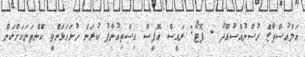
އަލްއުސްތާޒް ހުސްނުއްސުއޫދު - ފޮޓޯ: ރައީސް އޮފީސް އިސްތިއުނާފު ކުރަން ހުށަހަޅަންވީ ކޮންތަނަކަށްކަން